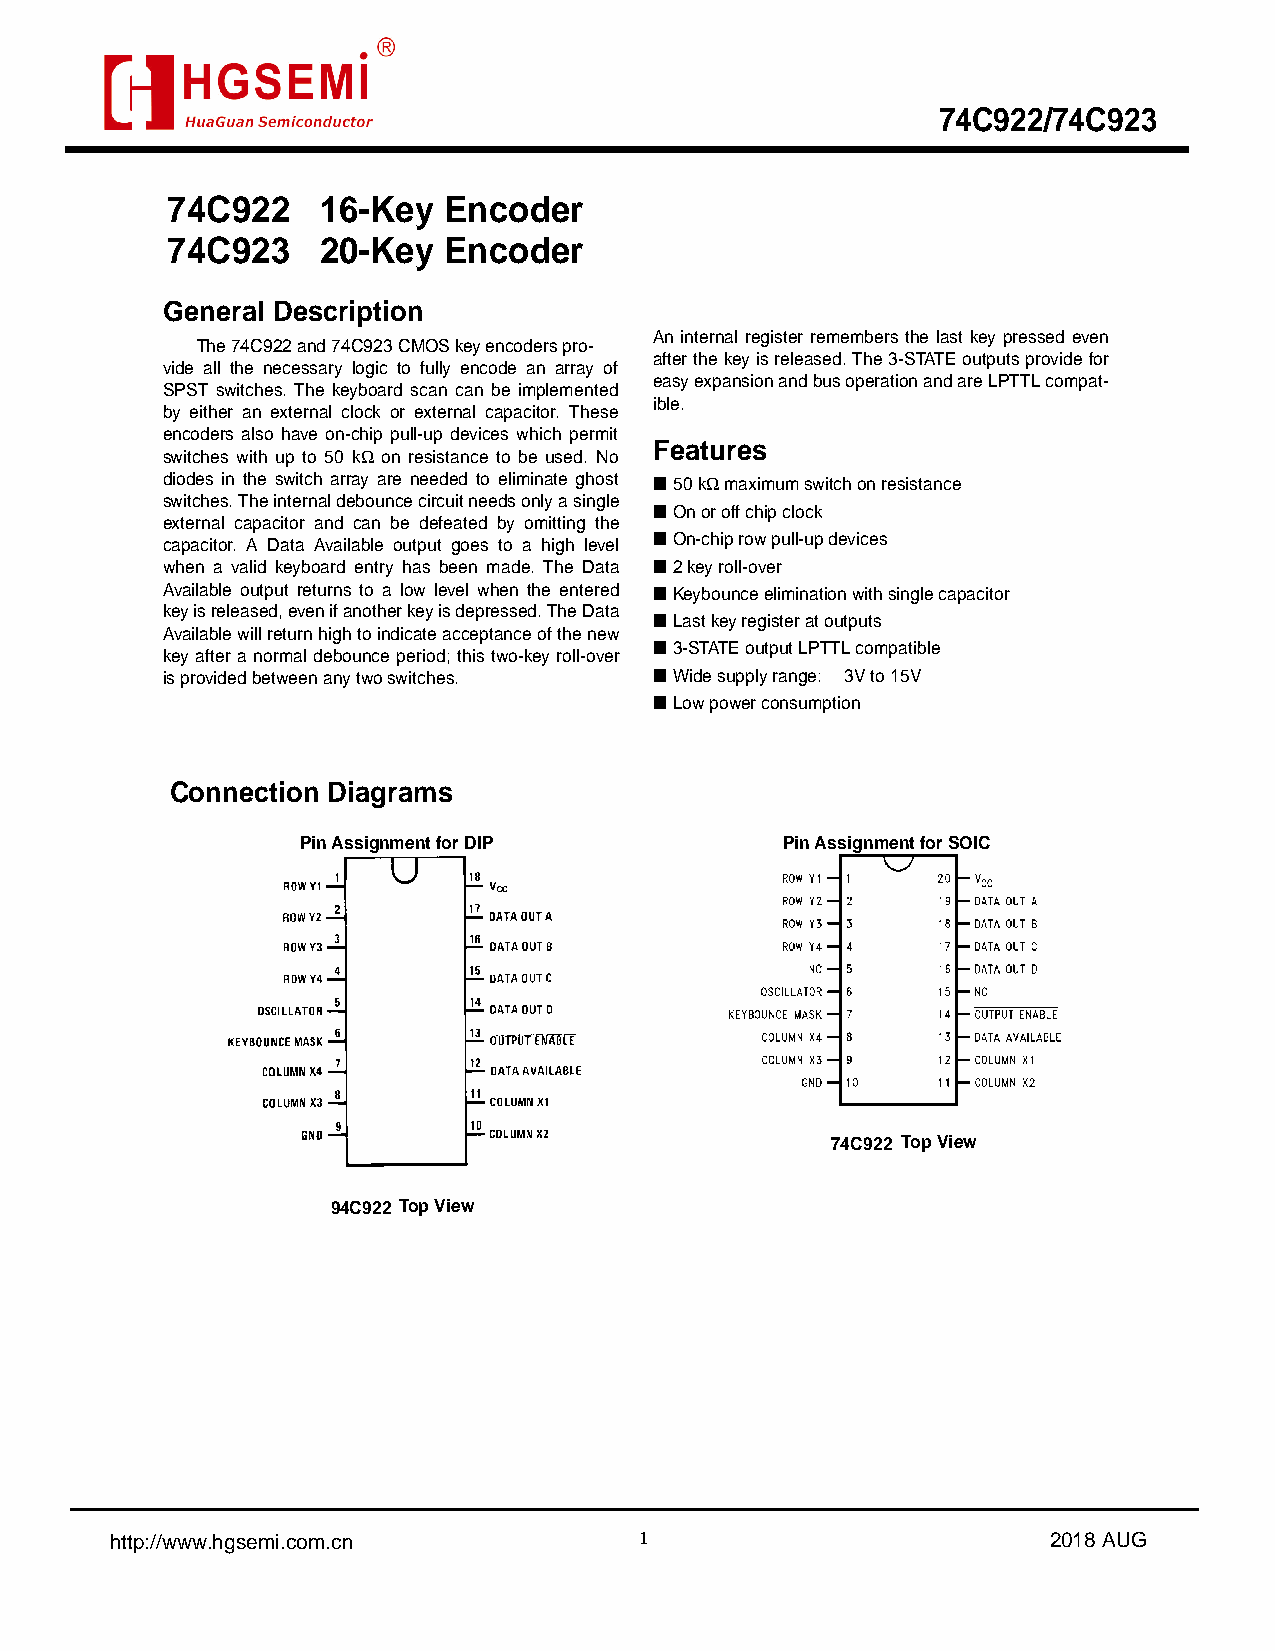
74C922/74C923
 74C922    16-Key  Encoder
 74C923    20-Key  Encoder
 General Description
 An internal register remembers the last key pressed even
 The 74C922 and 74C923 CMOS key encoders pro-
 after the key is released. The 3-STATE outputs provide for
 vide all the necessary logic to fully encode an array of
 easy expansion and bus operation and are LPTTL compat-
 SPST switches. The keyboard scan can be implemented
 ible.
 by either an external clock or external capacitor. These
 encoders also have on-chip pull-up devices which permit
 Features
 switches with up to 50 kW on resistance to be used. No
 diodes in the switch array are needed to eliminate ghost n 50 kW maximum switch on resistance
 switches. The internal debounce circuit needs only a single
 n On or off chip clock
 external capacitor and can be defeated by omitting the
 capacitor. A Data Available output goes to a high level n On-chip row pull-up devices
 when a valid keyboard entry has been made. The Data n 2 key roll-over
 Available output returns to a low level when the entered n Keybounce elimination with single capacitor
 key is released, even if another key is depressed. The Data n Last key register at outputs
 Available will return high to indicate acceptance of the new
 n 3-STATE output LPTTL compatible
 key after a normal debounce period; this two-key roll-over
 is provided between any two switches. n Wide supply range: 3V to 15V
 n Low power consumption
 Connection Diagrams
 Pin Assignment for DIP          Pin Assignment for SOIC
 74C922 Top View
 94C922 Top View
 http://www.hgsemi.com.cn           1                           2 0 1 8 AUG